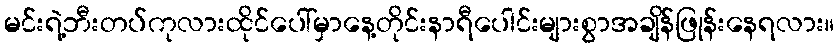
မင်းရဲ့ဘီးတပ်ကုလားထိုင်ပေါ်မှာနေ့တိုင်းနာရီပေါင်းများစွာအချိန်ဖြုန်းနေရလား။